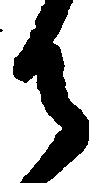
御